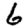
Digit: 6